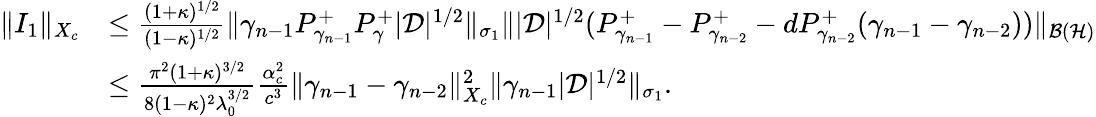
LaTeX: \begin{array}{rl}{\| I_{1}\| _{X_{c}}}&{\leq\frac{(1+\kappa)^{1/2}}{(1-\kappa)^{1/2}}\| \gamma_{n-1}P_{\gamma_{n-1}}^{+}P_{\gamma}^{+}|\mathcal D|^{1/2}\| _{\sigma_{1}}\| |\mathcal D|^{1/2}(P_{\gamma_{n-1}}^{+}-P_{\gamma_{n-2}}^{+}-dP_{\gamma_{n-2}}^{+}(\gamma_{n-1}-\gamma_{n-2}))\| _{\mathcal{B}(\mathcal{H})}}\\ &{\leq\frac{\pi^{2}(1+\kappa)^{3/2}}{8(1-\kappa)^{2}\lambda_{0}^{3/2}}\frac{\alpha_{c}^{2}}{c^{3}}\| \gamma_{n-1}-\gamma_{n-2}\| _{X_{c}}^{2}\| \gamma_{n-1}|\mathcal D|^{1/2}\| _{\sigma_{1}}.}\end{array}